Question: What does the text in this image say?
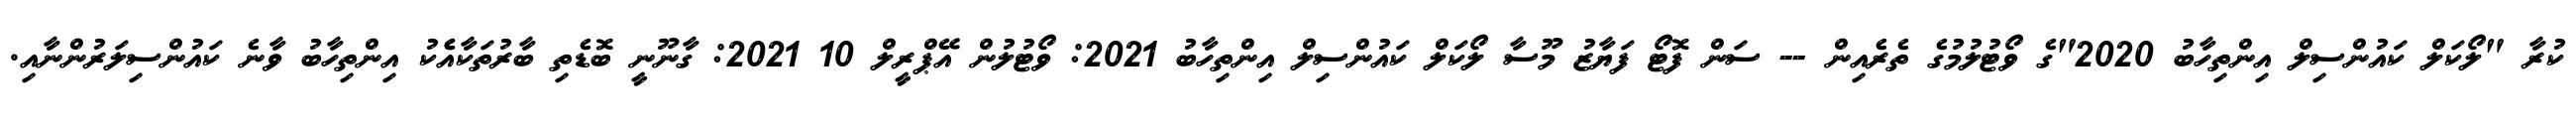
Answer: ކުރާ "ލޯކަލް ކައުންސިލް އިންތިހާބު 2020"ގެ ވޯޓުލުމުގެ ތެރެއިން -- ސަން ފޮޓޯ ފަޔާޒު މޫސާ ލޯކަލް ކައުންސިލް އިންތިހާބު 2021: ވޯޓުލުން އޭޕްރީލް 10 2021: ގާނޫނީ ބޮޑެތި ބާރުތަކާއެެކު އިންތިހާބު ވާނެ ކައުންސިލަރުންނާއި.